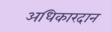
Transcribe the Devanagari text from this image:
अधिकारदान